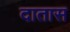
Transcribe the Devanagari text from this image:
दातास